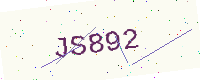
Text: JS892